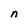
Character: n